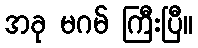
အခု မဂမ် ကြီးပြီ။